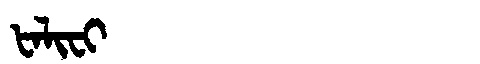
Manchu: ᡶᠠᠯᡳᠸᡳ
Romanization: FALIFI